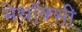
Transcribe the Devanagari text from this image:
मेथॉक्सी